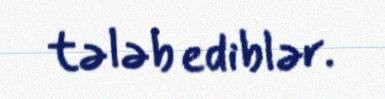
tələb ediblər.